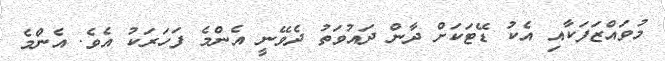
މުވައްޒަފަކާއި އެކު ޑޭޓަކަށް ދާން ދައުވަތު ދެވޭނީ އެންމެ ފަހަރަކު އެވެ. އެންމެ